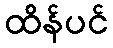
ထိန်ပင်